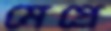
মেপ্রে